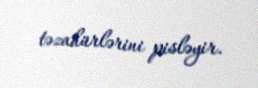
təzahürlərini pisləyir.